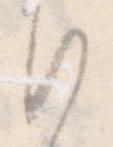
行